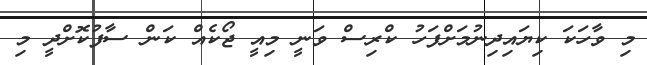
މި ވާހަކަ ކިޔައިދިނުމަށްފަހު ކްރިސް ވަނީ މިއީ ޖޯކެއް ކަން ސާފުކޮށްދީ މި